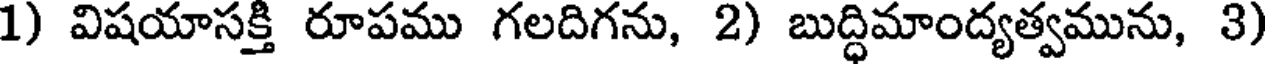
1) విషయాసక్తి రూపము గలదిగను, 2) బుద్ధిమాంద్యత్వమును, 3)